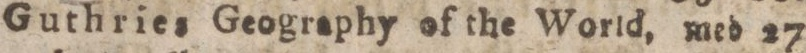
Guthries Geography of the World, med 27